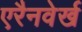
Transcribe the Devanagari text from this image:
एरैनवेर्ख